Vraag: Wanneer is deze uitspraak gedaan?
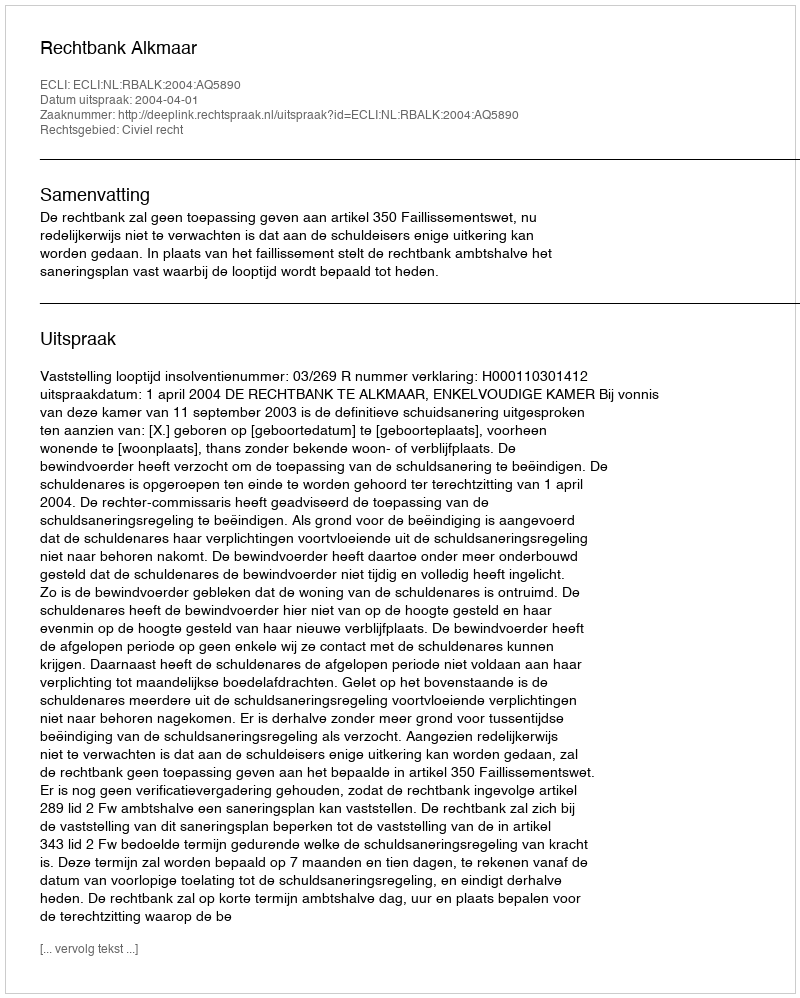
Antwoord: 2004-04-01